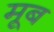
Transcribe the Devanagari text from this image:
मूब